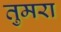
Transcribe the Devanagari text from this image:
तुमरा